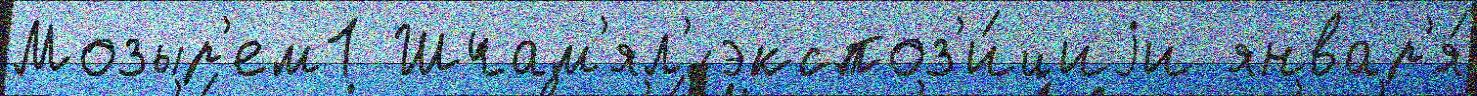
Мозыр'ем1 Шчам'ял'́ экспоз'и́циjи январ'я́